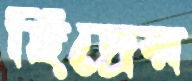
ছিদ্রের